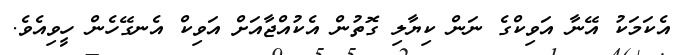
އެކަމަކު އޭނާ އަވިކްގެ ނަން ކިޔާލި ގޮތުން އެކުއްޖާއަށް އަވިކް އެނގޭހެން ހީވިއެވެ.